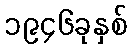
၁၉၄၆ခုနှစ်